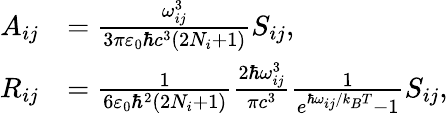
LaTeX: \begin{array}{rl}{A_{ij}}&{=\frac{\omega_{ij}^{3}}{3\pi\varepsilon_{0}\hbar c^{3}(2N_{i}+1)}S_{ij},}\\ {R_{ij}}&{=\frac{1}{6\varepsilon_{0}\hbar^{2}(2N_{i}+1)}\frac{2\hbar\omega_{ij}^{3}}{\pi c^{3}}\frac{1}{e^{\hbar\omega_{ij}/k_{B}T}-1}S_{ij},}\end{array}